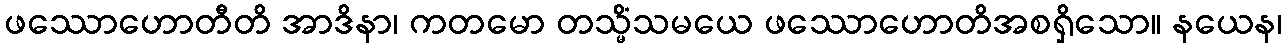
ဖဿောဟောတီတိ အာဒိနာ၊ ကတမော တသ္မိံသမယေ ဖဿောဟောတိအစရှိသော။ နယေန၊